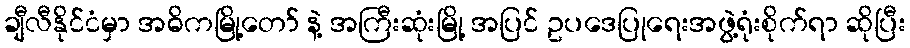
ချီလီနိုင်ငံမှာ အဓိကမြို့တော် နဲ့ အကြီးဆုံးမြို့ အပြင် ဥပဒေပြုရေးအဖွဲ့ရုံးစိုက်ရာ ဆိုပြီး